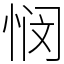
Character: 悯